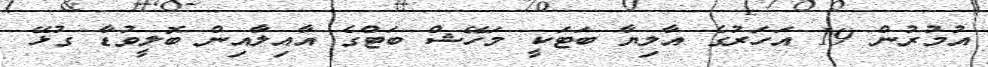
އުމުރުން 19 އަހަރުގެ އާލިޔާ ބަޓަކީ މަހޭޝް ބަޓްގެ އާއިލާއިން ބޮލީވުޑާ ގުޅޭ